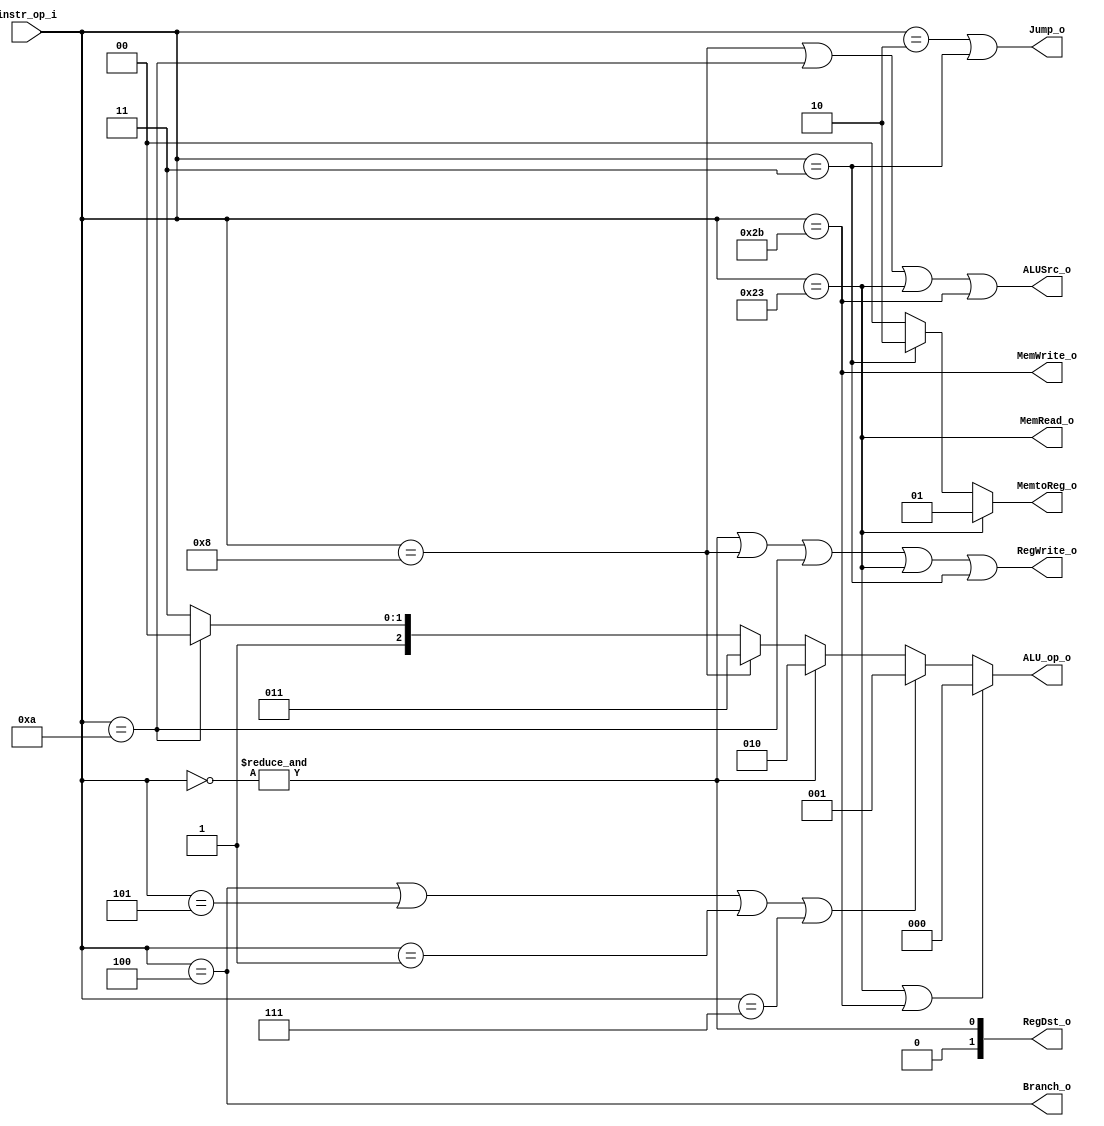
//Subject:     CO project 2 - Decoder
//--------------------------------------------------------------------------------
//Version:     1
//--------------------------------------------------------------------------------
//Writer:      Luke,0816192
//----------------------------------------------
//----------------------------------------------
//Description: 
//--------------------------------------------------------------------------------

module Decoder(
    instr_op_i,
	RegWrite_o,
	ALU_op_o,
	ALUSrc_o,
	RegDst_o,
	Branch_o,
	Jump_o,
	MemRead_o,
	MemWrite_o,
	MemtoReg_o
	);
     
//I/O ports
input  [6-1:0] instr_op_i;

output         RegWrite_o;
output [3-1:0] ALU_op_o;
output         ALUSrc_o;
output [2-1:0] RegDst_o;
output         Branch_o;
output 		   Jump_o;
output		   MemRead_o;
output		   MemWrite_o;
output [2-1:0] MemtoReg_o;
 
//Internal Signals
reg    [3-1:0] ALU_op_o;
reg            ALUSrc_o;
reg            RegWrite_o;
reg	   [2-1:0] RegDst_o;
reg            Branch_o;
reg 		   Jump_o;
reg			   MemRead_o;
reg			   MemWrite_o;
reg	   [2-1:0] MemtoReg_o;

wire		   Rformat_ctrl ;//including jr
wire		   lw_ctrl		;
wire		   sw_ctrl		;
wire		   beq_ctrl		;
wire		   bne_ctrl		;
wire		   bge_ctrl		;
wire		   bgt_ctrl		;
wire		   addi_ctrl	;
wire		   slti_ctrl	;
wire		   j_ctrl		;
wire		   jal_ctrl		;
//Parameter
//Main function
////R-format
assign Rformat_ctrl = &(~instr_op_i);
////I-format
assign lw_ctrl		= (instr_op_i== 6'b100011);
assign sw_ctrl		= (instr_op_i== 6'b101011);
assign beq_ctrl		= (instr_op_i== 6'd4);
assign bne_ctrl		= (instr_op_i== 6'd5);
assign bge_ctrl		= (instr_op_i== 6'd1);
assign bgt_ctrl		= (instr_op_i== 6'd7);
assign addi_ctrl	= (instr_op_i== 6'd8);
assign slti_ctrl	= (instr_op_i==6'd10);
////J-format
assign j_ctrl		= (instr_op_i== 6'd2);
assign jal_ctrl		= (instr_op_i== 6'd3);

always @(instr_op_i)begin
	if(lw_ctrl | sw_ctrl)
		ALU_op_o <= 3'd0; //0 if it is lw or sw
	else if(beq_ctrl| bne_ctrl | bge_ctrl | bgt_ctrl)
		ALU_op_o <= 3'd1; //1 if it is beq
	else if(Rformat_ctrl)
		ALU_op_o <= 3'd2; //2 if it is R-format
	else if(addi_ctrl)
		ALU_op_o <= 3'd3; //3 if it is addi
	else if(slti_ctrl)
		ALU_op_o <= 3'd4; //4 if it is slti
	else
		ALU_op_o <= 3'b111;
end

always @(instr_op_i)begin
	ALUSrc_o <= addi_ctrl | slti_ctrl | lw_ctrl | sw_ctrl;
end

always @(instr_op_i)begin
	RegWrite_o <= Rformat_ctrl | addi_ctrl | slti_ctrl | lw_ctrl | jal_ctrl;
end

always @(instr_op_i)begin
	RegDst_o <= Rformat_ctrl;
	//RegDst_o <= Rformat_ctrl ? 1:(jal_ctrl ? 2 : 0);
end

always @(instr_op_i)begin
	MemRead_o <= lw_ctrl;
end

always @(instr_op_i)begin
	MemWrite_o <= sw_ctrl;
end

always @(instr_op_i)begin
	if(lw_ctrl)
		MemtoReg_o <= 1;
	else if(jal_ctrl)
		MemtoReg_o <= 2;
	else
		MemtoReg_o <= 0;
	//MemtoReg_o <= lw_ctrl? 1:(jal_ctrl ? 2 : 0);
end

always @(instr_op_i)begin
	Branch_o <= beq_ctrl;
end



always @(instr_op_i)begin
	Jump_o <= j_ctrl | jal_ctrl;
end

endmodule